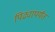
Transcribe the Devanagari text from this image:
पिढ्यापर्यंत